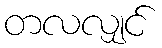
တလလျှင်